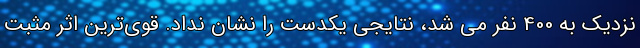
نزدیک به 400 نفر می شد، نتایجی یکدست را نشان نداد. قوی‌ترین اثر مثبت